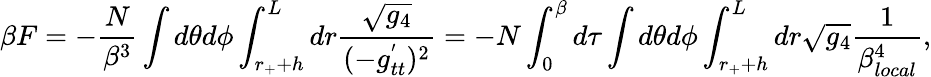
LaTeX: \beta F=-\frac{N}{\beta^{3}}\int d\theta d\phi\int_{r_{+}+h}^{L}dr\frac{\sqrt{g_{4}}}{(-g_{tt}^{'})^{2}}=-N\int_{0}^{\beta}d\tau\int d\theta d\phi\int_{r_{+}+h}^{L}dr\sqrt{g_{4}}\frac{1}{\beta_{local}^{4}},